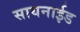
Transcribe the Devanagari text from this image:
सायनाईड